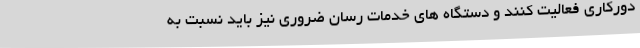
دورکاری فعالیت کنند و دستگاه های خدمات رسان ضروری نیز باید نسبت به